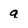
Character: q